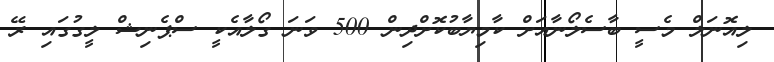
ލިއޮނަލް މެސީ ބާސެލޯނާއަށް ކާމިޔާބުކޮށްދިން 500 ވަނަ ގޯލާއެކީ ސްޕެނިޝް ލީގުގައި ރޭ